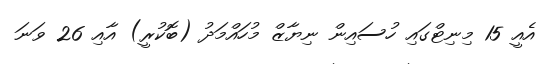
އެއީ 15 މިނިޓްގައި ހުސައިން ނިޔާޒް މުހައްމަދު (ބޮކުރީ) އާއި 26 ވަނަ